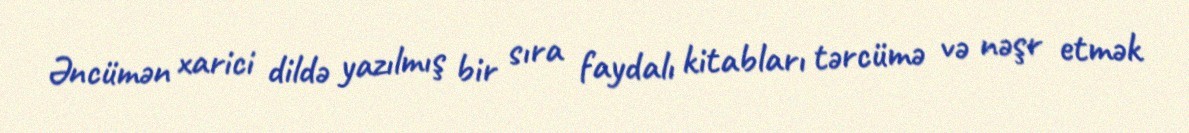
Əncümən xarici dildə yazılmış bir sıra faydalı kitabları tərcümə və nəşr etmək